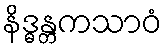
နိဒ္ဓန္တကသာဝံ